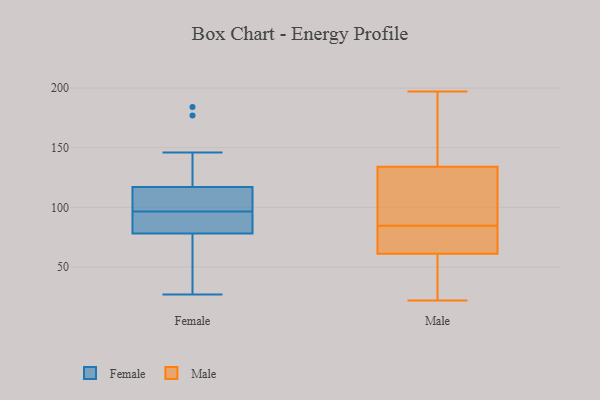
{"axis": {"x": "Website Visitors", "y": "Value"}, "legend": ["Female", "Male"], "data": [{"x": "", "y": 31, "type": "Female"}, {"x": "", "y": 115, "type": "Female"}, {"x": "", "y": 146, "type": "Female"}, {"x": "", "y": 92, "type": "Female"}, {"x": "", "y": 184, "type": "Female"}, {"x": "", "y": 27, "type": "Female"}, {"x": "", "y": 117, "type": "Female"}, {"x": "", "y": 107, "type": "Female"}, {"x": "", "y": 177, "type": "Female"}, {"x": "", "y": 78, "type": "Female"}, {"x": "", "y": 43, "type": "Female"}, {"x": "", "y": 97, "type": "Female"}, {"x": "", "y": 96, "type": "Female"}, {"x": "", "y": 86, "type": "Female"}, {"x": "", "y": 86, "type": "Male"}, {"x": "", "y": 45, "type": "Male"}, {"x": "", "y": 93, "type": "Male"}, {"x": "", "y": 83, "type": "Male"}, {"x": "", "y": 197, "type": "Male"}, {"x": "", "y": 76, "type": "Male"}, {"x": "", "y": 67, "type": "Male"}, {"x": "", "y": 61, "type": "Male"}, {"x": "", "y": 134, "type": "Male"}, {"x": "", "y": 115, "type": "Male"}, {"x": "", "y": 42, "type": "Male"}, {"x": "", "y": 180, "type": "Male"}, {"x": "", "y": 22, "type": "Male"}, {"x": "", "y": 187, "type": "Male"}]}